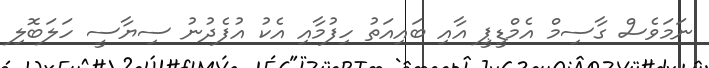
ނަމަވެސް ގާސިމް އެމްޑީޕީ އާއި ބައިއަތު ހިފުމާއި އެކު އުފެދުނު ސިޔާސީ ހަލަބޮލި